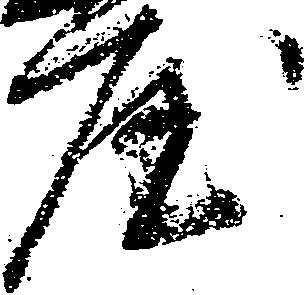
屋